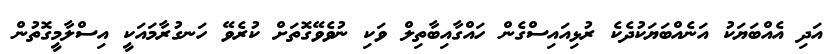
އަދި އެއްބަޔަކު އަނެއްބަޔަކުދެކެ ރުޅިއައިސްގެން ހައްގާއިބާތިލް ވަކި ނުވެވޭގޮތަށް ކުރެވޭ ހަނގުރާމައަކީ އިސްލާމީގޮތުން